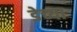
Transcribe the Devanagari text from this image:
डेच्या